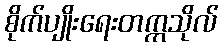
စိုက်ပျိုးရေးတက္ကသိုလ်